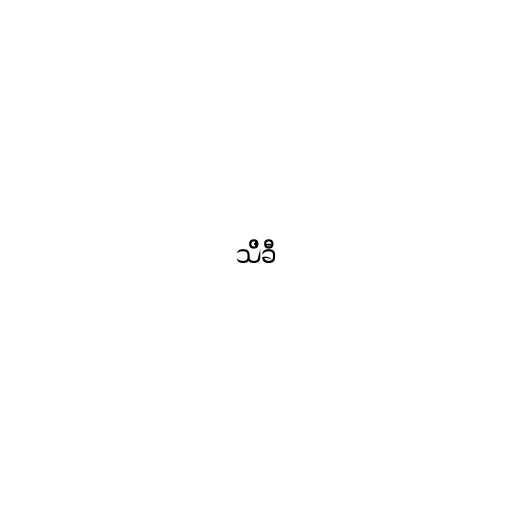
သိခီ